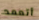
أتعمد